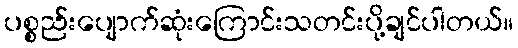
ပစ္စည်းပျောက်ဆုံးကြောင်းသတင်းပို့ချင်ပါတယ်။